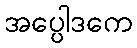
အပ္ပေါဒကေ